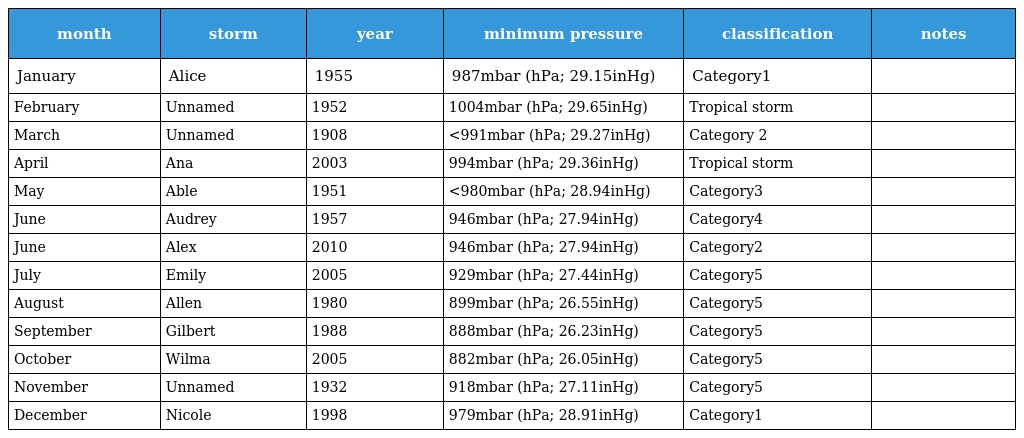
| month | storm | year | minimum pressure | classification | notes |
 | --- | --- | --- | --- | --- | --- |
 | January | Alice | 1955 | 987mbar (hPa; 29.15inHg) | Category1 |  |
 | February | Unnamed | 1952 | 1004mbar (hPa; 29.65inHg) | Tropical storm |  |
 | March | Unnamed | 1908 | <991mbar (hPa; 29.27inHg) | Category 2 |  |
 | April | Ana | 2003 | 994mbar (hPa; 29.36inHg) | Tropical storm |  |
 | May | Able | 1951 | <980mbar (hPa; 28.94inHg) | Category3 |  |
 | June | Audrey | 1957 | 946mbar (hPa; 27.94inHg) | Category4 |  |
 | June | Alex | 2010 | 946mbar (hPa; 27.94inHg) | Category2 |  |
 | July | Emily | 2005 | 929mbar (hPa; 27.44inHg) | Category5 |  |
 | August | Allen | 1980 | 899mbar (hPa; 26.55inHg) | Category5 |  |
 | September | Gilbert | 1988 | 888mbar (hPa; 26.23inHg) | Category5 |  |
 | October | Wilma | 2005 | 882mbar (hPa; 26.05inHg) | Category5 |  |
 | November | Unnamed | 1932 | 918mbar (hPa; 27.11inHg) | Category5 |  |
 | December | Nicole | 1998 | 979mbar (hPa; 28.91inHg) | Category1 |  |